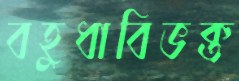
বহুধাবিভক্ত